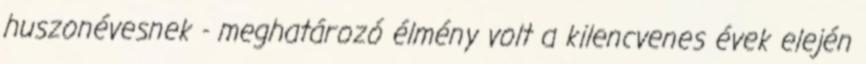
huszonévesnek - meghatározó élmény volt a kilencvenes évek elején